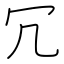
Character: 冗